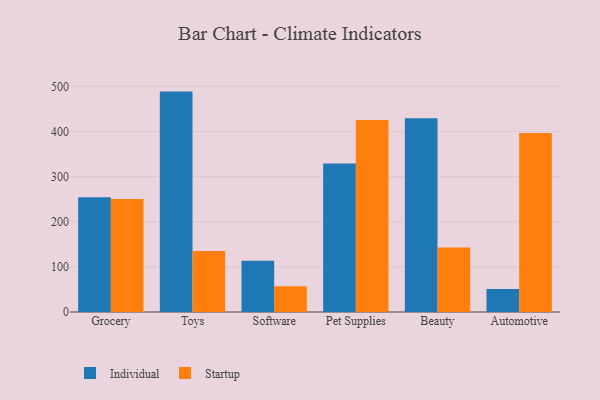
{"axis": {"x": "Category", "y": "Latency (ms)"}, "legend": ["Individual", "Startup"], "data": [{"x": "Grocery", "y": 254.3, "type": "Individual"}, {"x": "Grocery", "y": 250.4, "type": "Startup"}, {"x": "Toys", "y": 488.4, "type": "Individual"}, {"x": "Toys", "y": 135.0, "type": "Startup"}, {"x": "Software", "y": 113.5, "type": "Individual"}, {"x": "Software", "y": 56.9, "type": "Startup"}, {"x": "Pet Supplies", "y": 328.8, "type": "Individual"}, {"x": "Pet Supplies", "y": 425.5, "type": "Startup"}, {"x": "Beauty", "y": 429.2, "type": "Individual"}, {"x": "Beauty", "y": 142.7, "type": "Startup"}, {"x": "Automotive", "y": 50.9, "type": "Individual"}, {"x": "Automotive", "y": 396.8, "type": "Startup"}]}